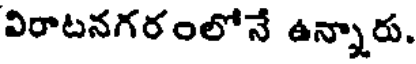
విరాటనగరంలోనే ఉన్నారు.